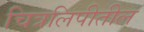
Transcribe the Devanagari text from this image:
चित्रलिपीतील